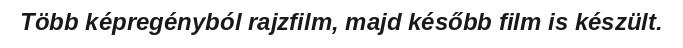
Több képregényból rajzfilm, majd később film is készült.